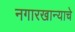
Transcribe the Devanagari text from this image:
नगारखान्याचे